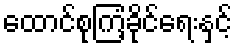
ထောင်စုကြံ့ခိုင်ရေးနှင့်